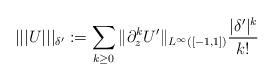
LaTeX: \begin{align*} ||| U |||_{\delta'}: = \sum_{k\ge 0} \|\partial_z^k U' \|_{L^\infty([-1,1])} \frac{|\delta'|^{k }}{ k!} \end{align*}